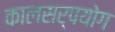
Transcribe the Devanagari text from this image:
कालसर्पयोग